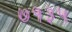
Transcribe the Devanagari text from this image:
७१३५